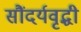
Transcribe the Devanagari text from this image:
सौंदर्यवृद्धी